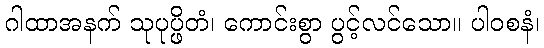
ဂါထာအနက် သုပုပ္ဖိတံ၊ ကောင်းစွာ ပွင့်လင်သော။ ပါဝစနံ၊